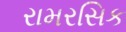
રામરસિક